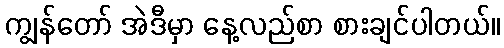
ကျွန်တော် အဲဒီမှာ နေ့လည်စာ စားချင်ပါတယ်။